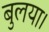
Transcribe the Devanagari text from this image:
बुलया।